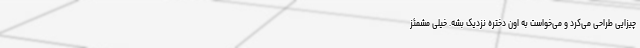
چیزایی طراحی می‌کرد و می‌خواست به اون دختره نزدیک بشه. خیلی مشمئز